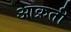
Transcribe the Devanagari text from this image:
आक्रती